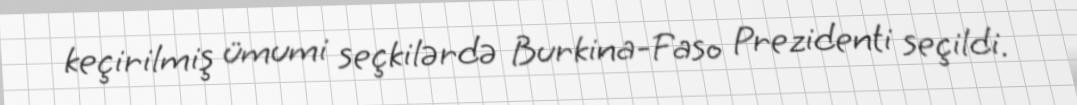
keçirilmiş ümumi seçkilərdə Burkina-Faso Prezidenti seçildi.